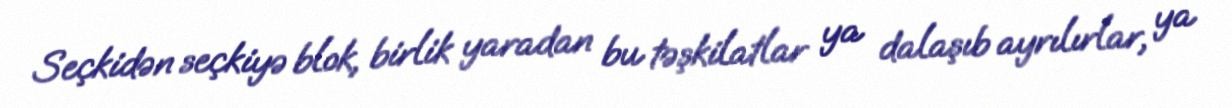
Seçkidən seçkiyə blok, birlik yaradan bu təşkilatlar ya dalaşıb ayrılırlar, ya